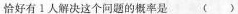
恰好有1人解决这个问题的概率是 ( )